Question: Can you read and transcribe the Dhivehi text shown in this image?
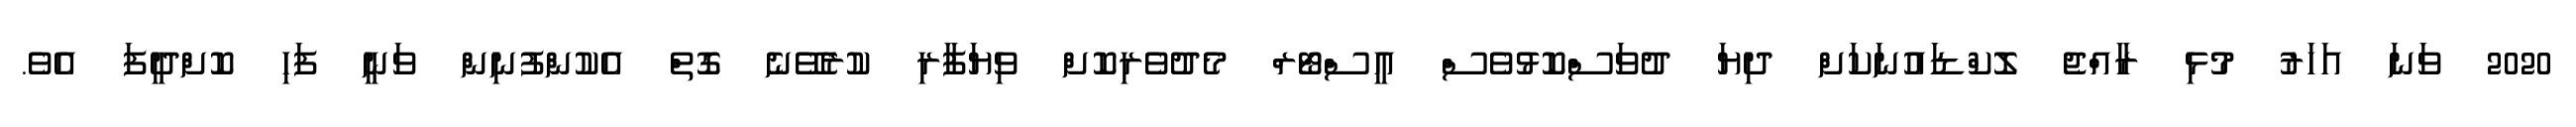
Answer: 2020 ވަނަ އަހަރު މުޅި ރާއްޖެ ލޮކްޑައުނަކަށް ދިޔަ ދުވަސްކޮޅުވެސް އީސްޓޯރް މެދުވެރިކޮށް ވިޔަފާރި ކުރެވޭނެ ގޮތް އެކުންފުނިން ވަނީ ފަހި ކޮށްދީފަ އެވެ.